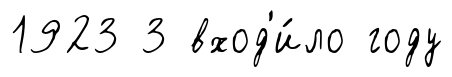
1923 3 вход'и́ло году